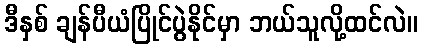
ဒီနှစ် ချန်ပီယံပြိုင်ပွဲနိုင်မှာ ဘယ်သူလို့ထင်လဲ။